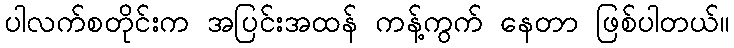
ပါလက်စတိုင်းက အပြင်းအထန် ကန့်ကွက် နေတာ ဖြစ်ပါတယ်။